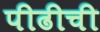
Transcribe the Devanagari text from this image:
पीढीची